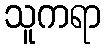
သူကရာ